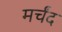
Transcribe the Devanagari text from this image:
मर्चंद